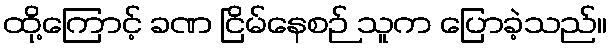
ထို့ကြောင့် ခဏ ငြိမ်နေစဉ် သူက ပြောခဲ့သည်။